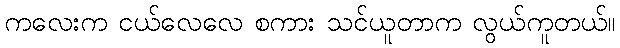
ကလေးက ငယ်လေလေ စကား သင်ယူတာက လွယ်ကူတယ်။